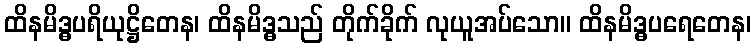
ထိနမိဒ္ဓပရိယုဋ္ဌိတေန၊ ထိနမိဒ္ဓသည် တိုက်ခိုက် လုယူအပ်သော။ ထိနမိဒ္ဓပရေတေန၊